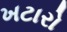
ખટારો